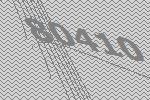
80410